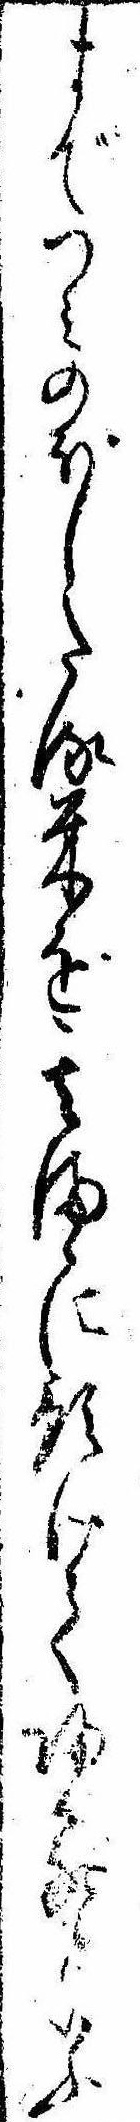
までつみのぼしたる米を其まゝに預けて帰るいふ